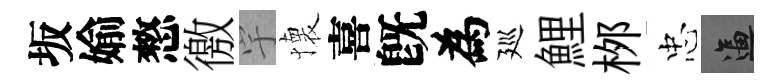
坂媮憗徼宇懐喜旣為廵鯉桞忠逼